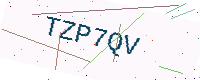
Text: TZP7QV